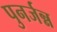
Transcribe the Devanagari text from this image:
पुनर्जन्न